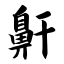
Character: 鼾